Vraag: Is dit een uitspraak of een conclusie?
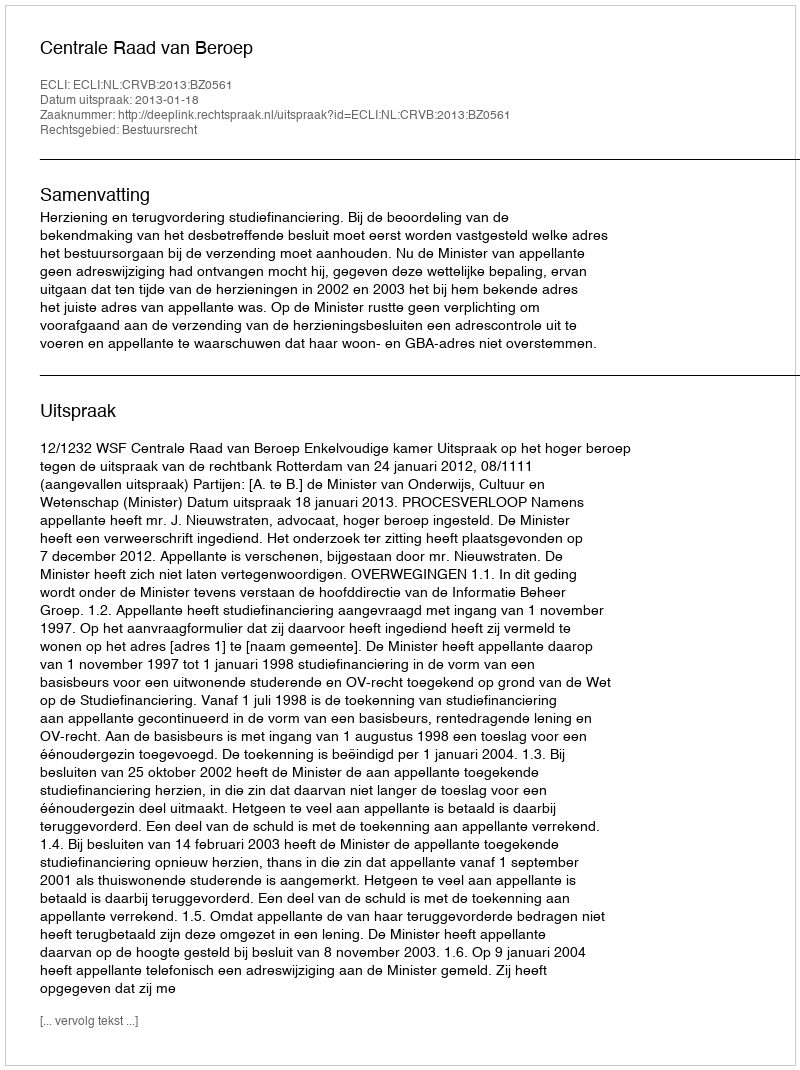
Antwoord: Uitspraak